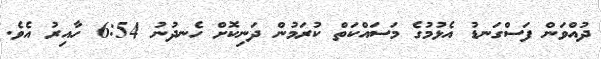
ދުއްވަން ފަސްގަނޑު އެޅުމުގެ މަސައްކަތް ކުރަމުން ދަނިކޮށް ހެނދުނު 6:54 ހާއިރު އެވެ.